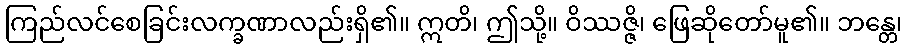
ကြည်လင်စေခြင်းလက္ခဏာလည်းရှိ၏။ ဣတိ၊ ဤသို့။ ဝိဿဇ္ဇိ၊ ဖြေဆိုတော်မူ၏။ ဘန္တေ၊